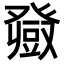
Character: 𤼼